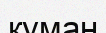
куман